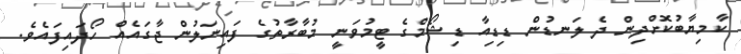
ކާމިޔާބުކޮށްދިން ދެ ލަނޑުން ޑިޑިއާ ޑިޝޯމްގެ ޓީމުވަނީ މުބާރާތުގެ ފައިނަލުން ޖާގައެއް ހޯދައިފައެވެ.